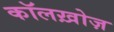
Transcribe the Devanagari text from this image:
कॉलख़ोज़